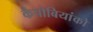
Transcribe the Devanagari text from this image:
कैपोबियांको